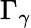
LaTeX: \Gamma_{\gamma}